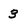
Character: 3